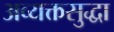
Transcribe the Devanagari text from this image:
अव्यक्तसुद्धा